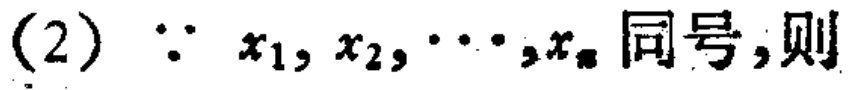
(2) $\because x_{1},x_{2},\cdots,x_{n}$ 同号,则